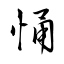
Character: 悀